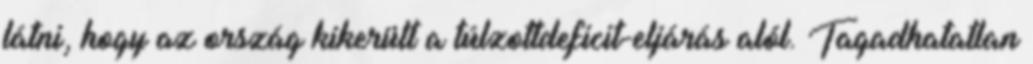
látni, hogy az ország kikerült a túlzottdeficit-eljárás alól. Tagadhatatlan